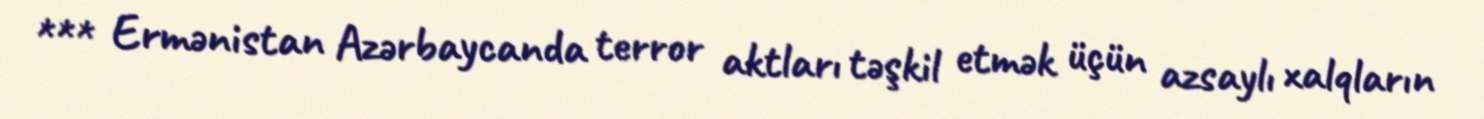
*** Ermənistan Azərbaycanda terror aktları təşkil etmək üçün azsaylı xalqların